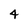
Character: 4